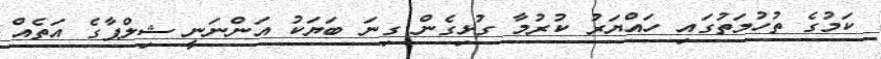
ކަމުގެ ތުހުމަތުގައި ހައްޔަރު ކުރުމާ ގުޅިގެން ގިނަ ބަޔަކު އަންނަނީ ޝިލްޕާގެ އަތެއް